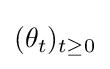
(\theta _{t})_{t\geq 0}